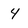
Character: 4